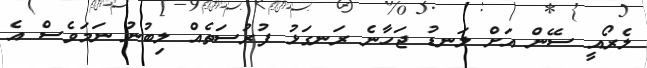
ލެރޯއީ ސޭން އަށް ލަނޑު ޖަހާނެ ރަނގަޅު ފުރުސަތެއް ލިބުނު ނަމަވެސް އެ